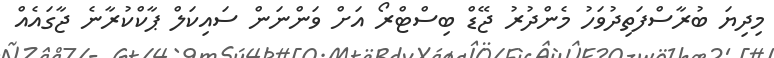
މިދިޔަ ބުރާސްފަތިދުވަހު މެންދުރު ޖޭޑް ބިސްޓްރޯ އަށް ވަންނަން ސައިކަލް ޕާކްކުރާނެ ޖާގައެއް